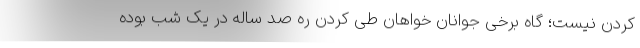
کردن نیست؛ گاه برخی جوانان خواهان طی کردن ره صد ساله در یک شب بوده